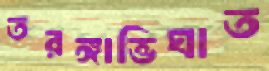
তরঙ্গাভিঘাত